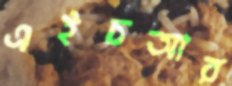
এইচআর